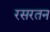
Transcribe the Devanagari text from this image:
रसरतन